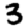
Digit: 3